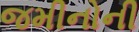
જમીનોની